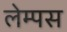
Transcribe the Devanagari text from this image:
लेम्पस